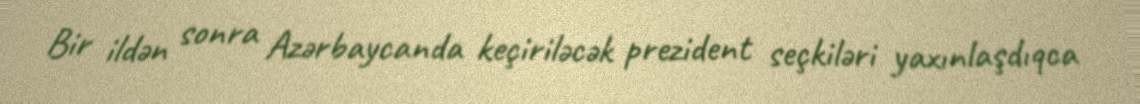
Bir ildən sonra Azərbaycanda keçiriləcək prezident seçkiləri yaxınlaşdıqca